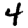
Digit: 4